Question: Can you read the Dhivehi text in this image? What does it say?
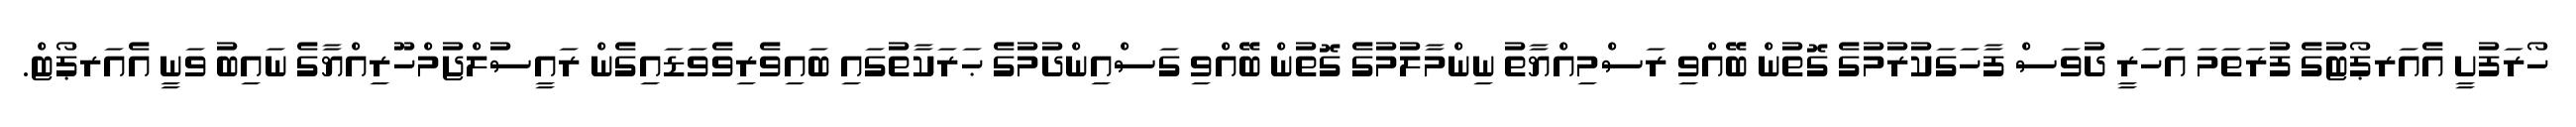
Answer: ހޯރަފުށީ އެއަރޕޯޓުގެ ފުރަތަމަ އަހަރީ ދުވަސް ފާހަގަކުރުމުގެ ގޮތުން ބޭއްވި ރަސްމިއްޔާތު ނިންމާލުމުގެ ގޮތުން ބޭއްވި ގަސްއިންދުމުގެ ޙަރަކާތުގައި ބައިވެރިވެވަޑައިގެން ރައީސުލްޖުމްހޫރިއްޔާގެ ނައިބު ވަނީ އެއަރޕޯޓް.